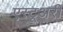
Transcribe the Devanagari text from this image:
एस्टूअरी